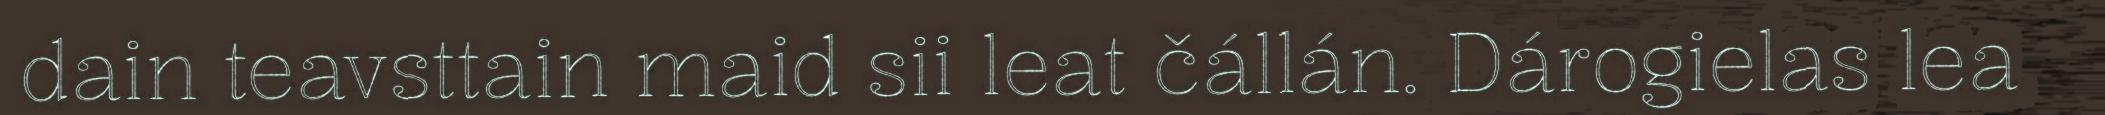
dain teavsttain maid sii leat čállán. Dárogielas lea